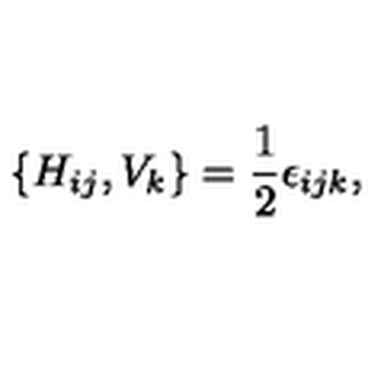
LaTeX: \{ H _ { i j } , V _ { k } \} = \frac { 1 } { 2 } \epsilon _ { i j k } ,